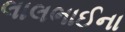
લાલભાઈના